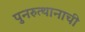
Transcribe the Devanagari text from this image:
पुनरुत्थानाची